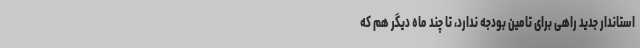
استاندار جدید راهی برای تامین بودجه ندارد، تا چند‌ ماه دیگر هم که